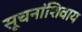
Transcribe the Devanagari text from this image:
सूचनांशिवाय